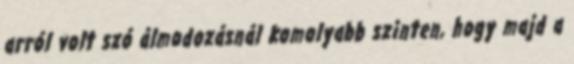
arról volt szó álmodozásnál komolyabb szinten, hogy majd a